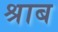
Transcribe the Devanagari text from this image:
श्राब